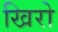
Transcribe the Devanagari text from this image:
खिरो